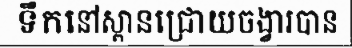
ទឹកនៅស្ពានជ្រោយចង្វារបាន